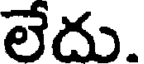
లేదు.